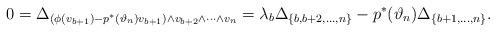
LaTeX: \begin{align*}0= \Delta_{(\phi(v_{b+1})-p^*(\vartheta_n) v_{b+1})\wedge v_{b+2}\wedge \dots\wedge v_n}=\lambda_{b}\Delta_{\{b,b+2, \dots, n\}}-p^*(\vartheta_n) \Delta_{\{b+1,\dots, n\}}.\end{align*}